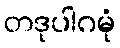
တဒုပါဂမုံ